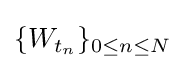
\{W_{t_{n}}\}_{0\leq n\leq N}